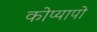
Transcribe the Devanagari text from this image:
कोप्यापो